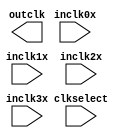
// megafunction wizard: %ALTCLKCTRL%VBB%
// GENERATION: STANDARD
// VERSION: WM1.0
// MODULE: altclkctrl 

// ============================================================
// Megafunction Name(s):
// 			altclkctrl
//
// Simulation Library Files(s):
// 			stratixii
// ============================================================
// ************************************************************
// THIS IS A WIZARD-GENERATED FILE. DO NOT EDIT THIS FILE!
//
// 9.0 Build 132 02/25/2009 SJ Full Version
// ************************************************************

//Copyright (C) 1991-2009 Altera Corporation
//Your use of Altera Corporation's design tools, logic functions 
//and other software and tools, and its AMPP partner logic 
//functions, and any output files from any of the foregoing 
//(including device programming or simulation files), and any 
//associated documentation or information are expressly subject 
//to the terms and conditions of the Altera Program License 
//Subscription Agreement, Altera MegaCore Function License 
//Agreement, or other applicable license agreement, including, 
//without limitation, that your use is for the sole purpose of 
//programming logic devices manufactured by Altera and sold by 
//Altera or its authorized distributors.  Please refer to the 
//applicable agreement for further details.

module CLK_SEL (
	clkselect,
	inclk0x,
	inclk1x,
	inclk2x,
	inclk3x,
	outclk)/* synthesis synthesis_clearbox = 1 */;

	input	[1:0]  clkselect;
	input	  inclk0x;
	input	  inclk1x;
	input	  inclk2x;
	input	  inclk3x;
	output	  outclk;
`ifndef ALTERA_RESERVED_QIS
// synopsys translate_off
`endif
	tri0	[1:0]  clkselect;
`ifndef ALTERA_RESERVED_QIS
// synopsys translate_on
`endif

endmodule

// ============================================================
// CNX file retrieval info
// ============================================================
// Retrieval info: PRIVATE: INTENDED_DEVICE_FAMILY STRING "Stratix II"
// Retrieval info: PRIVATE: SYNTH_WRAPPER_GEN_POSTFIX STRING "0"
// Retrieval info: PRIVATE: clock_inputs NUMERIC "4"
// Retrieval info: CONSTANT: INTENDED_DEVICE_FAMILY STRING "Stratix II"
// Retrieval info: CONSTANT: USE_GLITCH_FREE_SWITCH_OVER_IMPLEMENTATION STRING "OFF"
// Retrieval info: CONSTANT: clock_type STRING "AUTO"
// Retrieval info: USED_PORT: clkselect 0 0 2 0 INPUT GND "clkselect[1..0]"
// Retrieval info: USED_PORT: inclk0x 0 0 0 0 INPUT NODEFVAL "inclk0x"
// Retrieval info: USED_PORT: inclk1x 0 0 0 0 INPUT NODEFVAL "inclk1x"
// Retrieval info: USED_PORT: inclk2x 0 0 0 0 INPUT NODEFVAL "inclk2x"
// Retrieval info: USED_PORT: inclk3x 0 0 0 0 INPUT NODEFVAL "inclk3x"
// Retrieval info: USED_PORT: outclk 0 0 0 0 OUTPUT NODEFVAL "outclk"
// Retrieval info: CONNECT: @inclk 0 0 1 2 inclk2x 0 0 0 0
// Retrieval info: CONNECT: @inclk 0 0 1 1 inclk1x 0 0 0 0
// Retrieval info: CONNECT: @inclk 0 0 1 0 inclk0x 0 0 0 0
// Retrieval info: CONNECT: @clkselect 0 0 2 0 clkselect 0 0 2 0
// Retrieval info: CONNECT: outclk 0 0 0 0 @outclk 0 0 0 0
// Retrieval info: CONNECT: @ena 0 0 0 0 VCC 0 0 0 0
// Retrieval info: CONNECT: @inclk 0 0 1 3 inclk3x 0 0 0 0
// Retrieval info: GEN_FILE: TYPE_NORMAL CLK_SEL.v TRUE
// Retrieval info: GEN_FILE: TYPE_NORMAL CLK_SEL.inc FALSE
// Retrieval info: GEN_FILE: TYPE_NORMAL CLK_SEL.cmp FALSE
// Retrieval info: GEN_FILE: TYPE_NORMAL CLK_SEL.bsf TRUE FALSE
// Retrieval info: GEN_FILE: TYPE_NORMAL CLK_SEL_inst.v TRUE
// Retrieval info: GEN_FILE: TYPE_NORMAL CLK_SEL_bb.v TRUE
// Retrieval info: LIB_FILE: stratixii